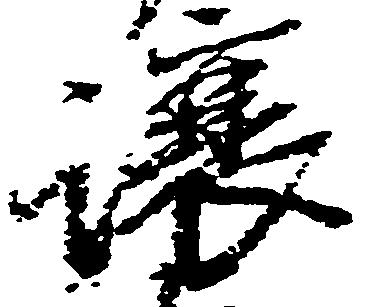
譲